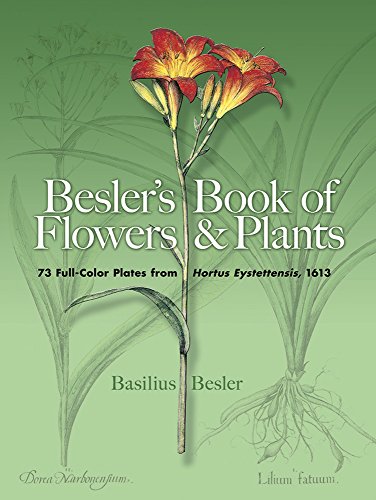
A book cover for Besler's Book of Flowers and Plants: 73 Full-Color Plates from Hortus Eystettensis, 1613 (Dover Pictorial Archive); Basilius Besler; Arts & Photography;